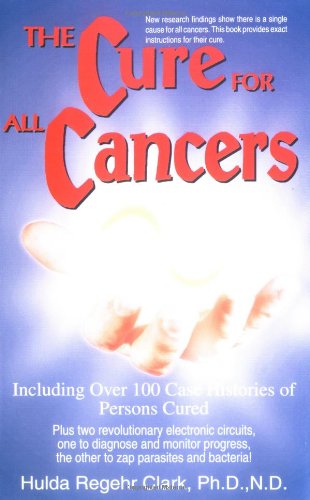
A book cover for The Cure for All Cancers; Hulda Regehr Clark; Health, Fitness & Dieting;